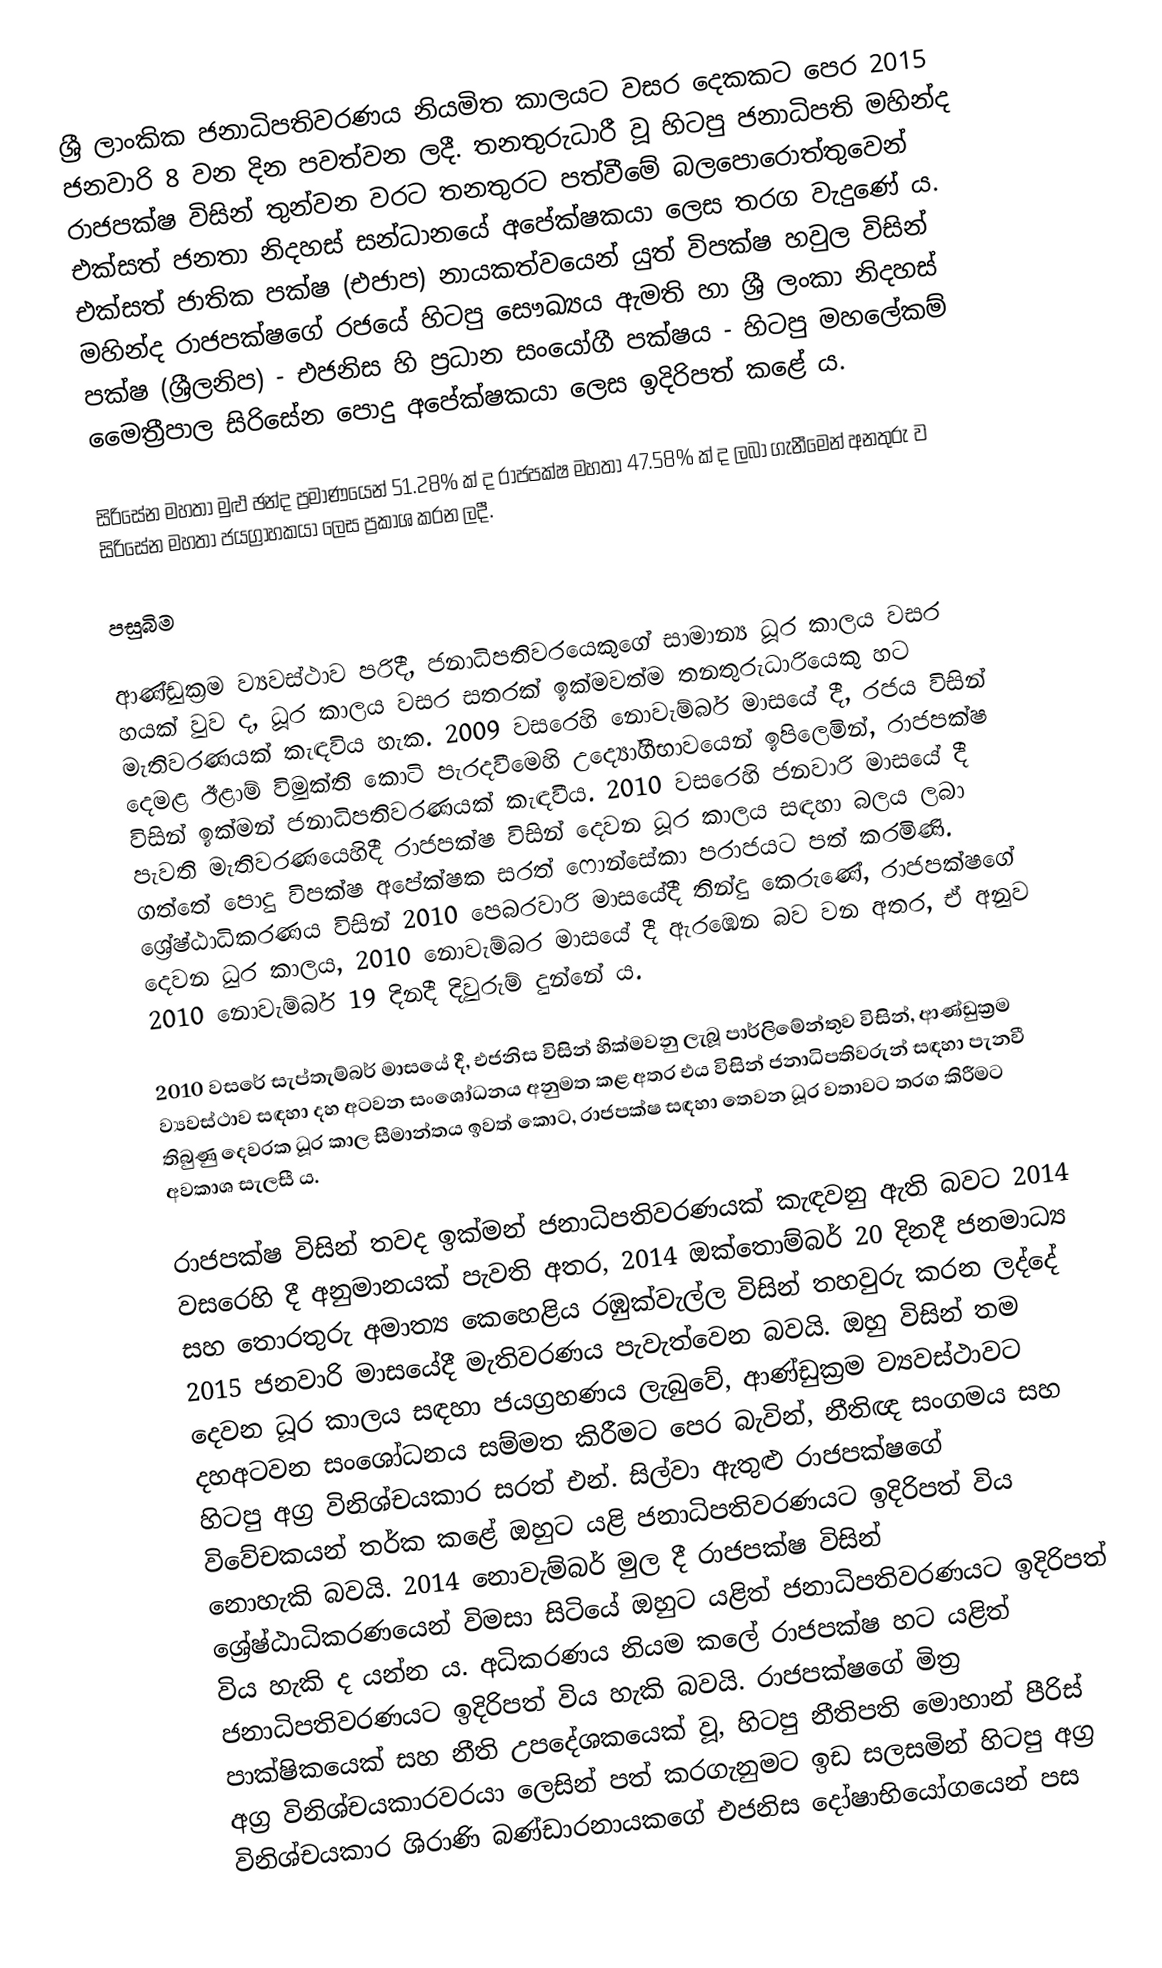
ශ්‍රී ලාංකික ජනාධිපතිවරණය නියමිත කාලයට වසර දෙකකට පෙර 2015 ජනවාරි 8 වන දින පවත්වන ලදී. තනතුරුධාරී වූ හිටපු ජනාධිපති මහින්ද රාජපක්ෂ විසින් තුන්වන වරට තනතුරට පත්වීමේ බලපොරොත්තුවෙන් එක්සත් ජනතා නිදහස් සන්ධානයේ අපේක්ෂකයා ලෙස තරග වැදුණේ ය. එක්සත් ජාතික පක්ෂ (එජාප) නායකත්වයෙන් යුත් විපක්ෂ හවුල විසින් මහින්ද රාජපක්ෂගේ රජයේ හිටපු සෞඛ්‍යය ඇමති හා ශ්‍රී ලංකා නිදහස් පක්ෂ (ශ්‍රීලනිප) - එජනිස හි ප්‍රධාන සංයෝගී පක්ෂය - හිටපු මහලේකම් මෛත්‍රීපාල සිරිසේන පොදු අපේක්ෂකයා ලෙස ඉදිරිපත් කළේ ය.

සිරිසේන මහතා මුළු ඡන්ද ප්‍රමාණයෙන් 51.28% ක් ද රාජපක්ෂ මහතා 47.58% ක් ද ලබා ගැනීමෙන් අනතුරු ව සිරිසේන මහතා ජයග්‍රාහකයා ලෙස ප්‍රකාශ කරන ලදී.

පසුබිම

ආණ්ඩුක්‍රම ව්‍යවස්ථාව පරිදී, ජනාධිපතිවරයෙකුගේ සාමාන්‍ය ධූර කාලය වසර හයක් වුව ද, ධූර කාලය වසර සතරක් ඉක්මවත්ම තනතුරුධාරියෙකු හට මැතිවරණයක් කැඳවිය හැක. 2009 වසරෙහි නොවැම්බර් මාසයේ දී, රජය විසින් දෙමළ ඊළාම් විමුක්ති කොටි පැරදවීමෙහි  උද්‍යෝගීභාවයෙන් ඉපිලෙමින්, රාජපක්ෂ විසින් ඉක්මන් ජනාධිපතිවරණයක් කැඳවීය. 2010 වසරෙහි ජනවාරි මාසයේ දී පැවති මැතිවරණයෙහිදී රාජපක්ෂ විසින් දෙවන ධූර කාලය සඳහා බලය ලබා ගත්තේ පොදු විපක්ෂ අපේක්ෂක සරත් ෆොන්සේකා පරාජයට පත් කරමිණි. ශ්‍රේෂ්ඨාධිකරණය විසින් 2010 පෙබරවාරි මාසයේදී තින්දු කෙරුණේ, රාජපක්ෂගේ දෙවන ධුර කාලය, 2010 නොවැම්බර මාසයේ දී ඇරඹෙන බව වන අතර, ඒ අනුව 2010 නොවැම්බර් 19 දිනදී දිවුරුම් දුන්නේ ය.

2010 වසරේ සැප්තැම්බර් මාසයේ දී, එජනිස විසින් හික්මවනු ලැබූ පාර්ලිමේන්තුව විසින්, ආණ්ඩුක්‍රම ව්‍යවස්ථාව සඳහා දහ අටවන සංශෝධනය අනුමත කළ අතර එය විසින් ජනාධිපතිවරුන් සඳහා පැනවී තිබුණු දෙවරක ධූර කාල සීමාන්තය ඉවත් කොට, රාජපක්ෂ සඳහා තෙවන ධූර වතාවට තරග කිරීමට අවකාශ සැලසී ය.

රාජපක්ෂ විසින් තවද ඉක්මන් ජනාධිපතිවරණයක් කැඳවනු ඇති බවට 2014 වසරෙහි දී අනුමානයක් පැවති අතර, 2014 ඔක්තොම්බර් 20 දිනදී ජනමාධ්‍ය සහ තොරතුරු අමාත්‍ය කෙහෙළිය රඹුක්වැල්ල විසින් තහවුරු කරන ලද්දේ 2015 ජනවාරි මාසයේදී මැතිවරණය පැවැත්වෙන බවයි. ඔහු විසින් තම දෙවන ධූර කාලය සඳහා ජයග්‍රහණය ලැබුවේ, ආණ්ඩුක්‍රම ව්‍යවස්ථාවට දහඅටවන සංශෝධනය සම්මත කිරීමට පෙර බැවින්, නීතිඥ සංගමය සහ හිටපු අග්‍ර විනිශ්චයකාර සරත් එන්. සිල්වා ඇතුළු රාජපක්ෂගේ විවේචකයන් තර්ක කළේ ඔහුට යළි ජනාධිපතිවරණයට ඉදිරිපත් විය නොහැකි බවයි. 2014 නොවැම්බර් මුල දී රාජපක්ෂ විසින් ශ්‍රේෂ්ඨාධිකරණයෙන් විමසා සිටියේ ඔහුට යළිත් ජනාධිපතිවරණයට ඉදිරිපත් විය හැකි ද යන්න ය. අධිකරණය නියම කලේ රාජපක්ෂ හට යළිත් ජනාධිපතිවරණයට ඉදිරිපත් විය හැකි බවයි. රාජපක්ෂගේ මිත්‍ර පාක්ෂිකයෙක්  සහ නීති උපදේශකයෙක් වූ, හිටපු නීතිපති මොහාන් පීරිස් අග්‍ර විනිශ්චයකාරවරයා ලෙසින් පත් කරගැනුමට ඉඩ සලසමින් හිටපු අග්‍ර විනිශ්චයකාර ශිරාණි බණ්ඩාරනායකගේ එජනිස දෝෂාභියෝගයෙන් පස